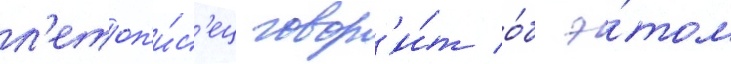
л'етоп'и́с'ец говор'и́т о́б э́том